Punjab Mental Hospital Lahore 1932-46 - 1932-1946
Year: 1932
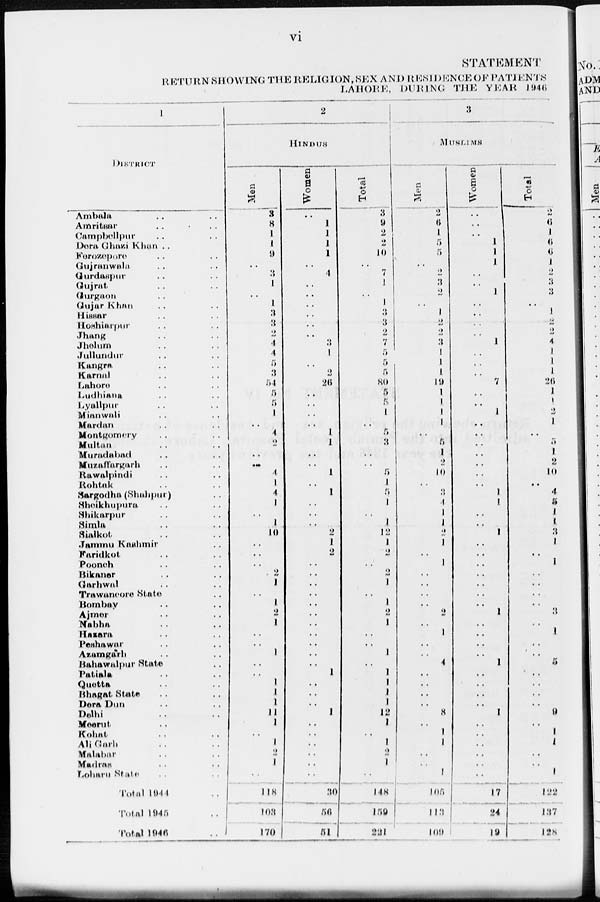
vi
STATEMENT
RETURN SHOWING THE RELIGION, SEX AND RESIDENCE OF PATIENTS
LAHORE, DURING THE YEAR 1946
1
DISTRICT
Ambala .. ..
Amritsar .. ..
Campbellpur .. ..
Dera Ghazi Khan .. ..
Ferozepore .. ..
Gujranwala .. ..
Gurdaspur .. ..
Gujrat .. ..
Gurgaon .. ..
Gujar Khan .. ..
Hissar .. ..
Hoshiarpur .. ..
Jhang .. ..
Jhelum .. ..
Jullundur .. ..
Kangra .. ..
Karnal .. ..
Lahore .. ..
Ludhiana .. ..
Lyallpur .. ..
Mianwali .. ..
Mardan .. ..
Montgomery .. ..
Multan .. ..
Muradabad .. ..
Muzaffargarh .. ..
Rawalpindi .. ..
Rohtak .. ..
Sargodha (Shahpur) ..
Sheikhupura .. ..
Shikarpur .. ..
Simla .. ..
Sialkot .. ..
Jammu Kashmir ..
Faridkot .. ..
Pooneh .. ..
Bikaner .. ..
Garhwal .. ..
Trawancore State ..
Bombay .. ..
Ajmer .. ..
Nabha .. ..
Hazara .. ..
Peshawar .. ..
Azamgarh .. ..
Bahawalpur State ..
Patiala .. ..
Quetta .. ..
Bhagat State .. ..
Dera Dun .. ..
Delhi .. ..
Meerut .. ..
Kohat .. ..
Ali Garh .. ..
Malabar .. ..
Madras .. ..
Loharu State .. ..
Total 1944 ..
Total
1945
..
Total
1946
..
2
HINDUS
Men
3
8
1
1
9
..
3
1
..
1
3
3
2
4
4
5
3
54
5
5
1
..
4
2
..
..
1
1
4
1
..
1
10
..
..
..
2
1
..
1
2
1
..
..
1
..
..
1
1
1
11
1
..
1
2
1
..
118
103
170
Women
..
1
1
1
1
..
4
..
..
..
..
..
..
3
1
..
2
26
..
..
..
..
1
1
..
..
4
..
1
..
..
..
2
1
2
..
..
..
..
..
..
..
..
..
..
..
1
..
..
..
1
..
..
..
..
..
..
30
56
51
Total
3
9
2
2
10
..
7
1
..
1
3
3
2
7
5
5
5
80
5
5
1
..
5
3
..
..
5
1
5
1
..
1
12
1
2
..
2
1
..
1
2
1
..
..
1
..
1
1
1
1
12
1
..
1
2
1
..
148
159
221
3
MUSLIMS
Men
2
6
1
5
5
..
2
3
2
..
1
2
2
3
1
1
1
19
1
1
1
1
..
5
1
2
10
..
3
4
1
1
2
1
..
1
..
..
..
..
2
..
1
..
..
4
..
..
..
..
8
..
1
1
..
..
1
105
113
109
Women
..
..
..
1
1
1
..
..
1
..
..
..
..
1
..
..
..
7
..
..
1
..
..
..
..
..
..
..
1
1
..
..
1
..
..
..
..
..
..
..
1
..
..
..
..
1
..
..
..
..
1
..
..
..
..
..
..
17
24
19
Total
2
6
1
6
6
1
2
3
3
..
1
2
2
4
1
1
1
26
1
1
2
1
..
5
1
2
10
..
4
5
1
1
3
1
..
1
..
..
..
..
3
..
1
..
..
5
..
..
..
..
9
..
1
1
..
..
1
122
137
128